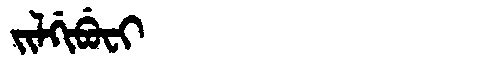
Manchu: ᠵᡳᠯᡤᡳᠪᡠᠸᡳ
Romanization: JILGIBUFI